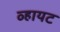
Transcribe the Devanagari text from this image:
व्हायट